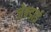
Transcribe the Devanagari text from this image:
जेन्‍डाई